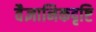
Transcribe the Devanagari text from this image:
वैज्ञानिकदृष्टि